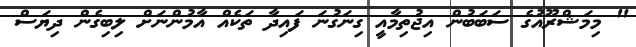
" މިމަޝްރޫއުގެ ސަބަބުން އިޖުތިމާއީ ގިނަގުނަ ފައިދާ ތަކެއް އާމުންނަށް ލިބިގެން ދިޔަސް